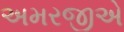
અમરજીએ